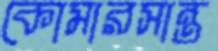
কোমারসান্ত